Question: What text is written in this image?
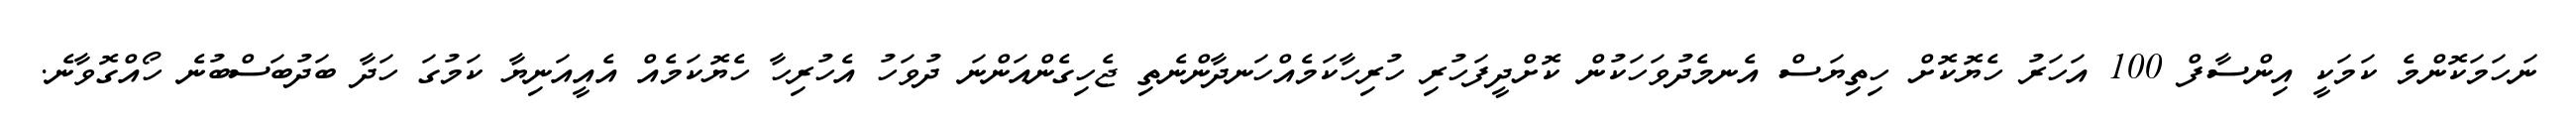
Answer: ނަހަމަކޮންމެ ކަމަކީ އިންސާފް 100 އަހަރު ހެޔޮކޮށް ހިތިޔަސް އެނމެދުވަހަކުން ކޮށްދީފަހުރި ހުރިހާކަމެއްހަނދާންނެތި ޖެހިގެންއަންނަ ދުވަހު އެހުރިހާ ހެޔޮކަމެއް އެއީއަނިޔާ ކަމުގަ ހަދާ ބަދުބަސްބުނެ ހޯއްގޮވާނެ.